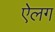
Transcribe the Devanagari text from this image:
ऐलग